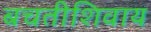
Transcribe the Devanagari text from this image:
बचतीशिवाय